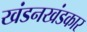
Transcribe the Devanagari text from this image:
खंडनखंडकार